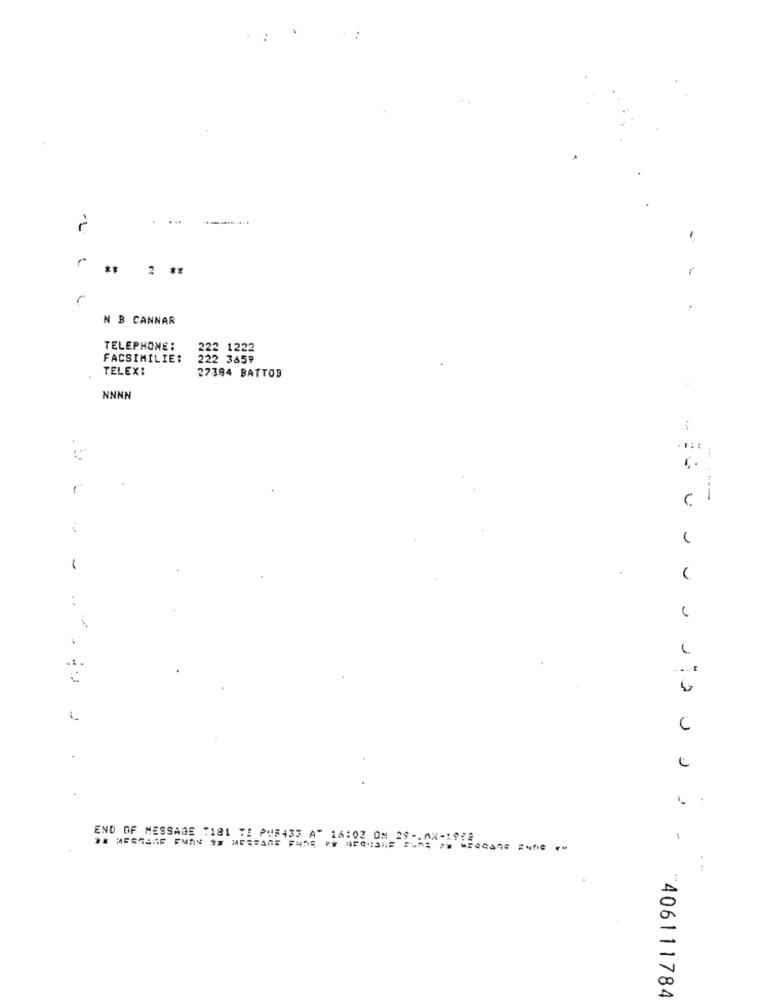
N B CANNAR
TELEPHONE:
333 1222
FACSIMILIE:
TELEX:
27384 BATTOB
NNNN
.---
.1.
END OF MESSAGE "181 TI PUR433 AT 16:02 ON 29 -. AN-1958
-
"406111784